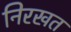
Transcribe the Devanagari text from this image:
निरखत